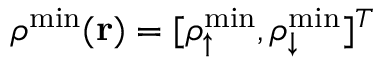
{ \boldsymbol \rho } ^ { \mathrm { m i n } } ( { \bf r } ) = [ \rho _ { \uparrow } ^ { \mathrm { m i n } } , \rho _ { \downarrow } ^ { \mathrm { m i n } } ] ^ { T }